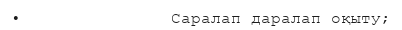
•               Саралап даралап оқыту;